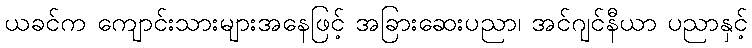
ယခင်က ကျောင်းသားများအနေဖြင့် အခြားဆေးပညာ၊ အင်ဂျင်နီယာ ပညာနှင့်